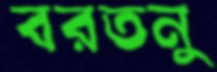
বরতনু